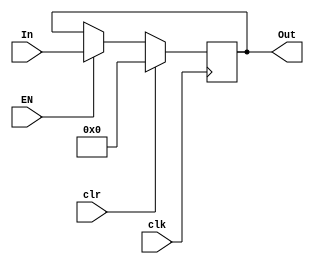
`timescale 1ns / 1ps
//////////////////////////////////////////////////////////////////////////////////
// Company: 
// Engineer: 
// 
// Design Name: 
// Module Name:    pipeline_reg 
// Project Name: 
// Target Devices: 
// Tool versions: 
// Description: 
//
// Dependencies: 
//
// Revision: 
// Revision 0.01 - File Created
// Additional Comments: 
//
//////////////////////////////////////////////////////////////////////////////////
module pipereg(
    input [31:0]In,
	 input clr,
	 output [31:0]Out,
	 input clk,
	 input EN
    );
    
	 reg [31:0] out;
	 assign Out=out;
	 initial begin out=32'h00000000; end
	 
    always @(posedge clk)
	    begin 
		    if(clr)
			     begin 
			    out<=32'h0000_0000; 
				  end
				 else if(EN)begin
				 out<=In;
				 end			  
		 end
endmodule


module pipereg1(
    input In,
	 input clr,
	 output Out,
	 input clk,
	 input EN
    );
    
	 reg  out;
	 assign Out=out;
	 initial begin out=1'b0; end
	 
    always @(posedge clk)
	    begin 
		    if(clr)
			     begin 
			    out<=1'b0; 
				  end
				 else if(EN)begin
				 out<=In;
				 end			  
		 end
endmodule


module pipereg5(
    input [4:0]In,
	 input clr,
	 output [4:0] Out,
	 input clk,
	 input EN
    );
    
	 reg [4:0] out;
	 assign Out=out;
	 initial begin out=5'b00000; end
	 
    always @(posedge clk)
	    begin 
		    if(clr)
			     begin 
			    out<=5'b00000; 
				  end
				 else if(EN)begin
				 out<=In;
				 end			  
		 end
endmodule

module pipereg2(
    input [1:0]In,
	 input clr,
	 output [1:0] Out,
	 input clk,
	 input EN
    );
    
	 reg [1:0] out;
	 assign Out=out;
	 initial begin out=2'b00; end
	 
    always @(posedge clk)
	    begin 
		    if(clr)
			     begin 
			    out<=2'b00; 
				  end
				 else if(EN)begin
				 out<=In;
				 end			  
		 end
endmodule


module pipereg3(
    input [2:0]In,
	 input clr,
	 output [2:0] Out,
	 input clk,
	 input EN
    );
    
	 reg [2:0] out;
	 assign Out=out;
	 initial begin out=3'b000; end
	 
    always @(posedge clk)
	    begin 
		    if(clr)
			     begin 
			    out<=3'b000; 
				  end
				 else if(EN)begin
				 out<=In;
				 end			  
		 end
endmodule